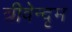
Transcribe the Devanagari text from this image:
त्रीवेन्दृम